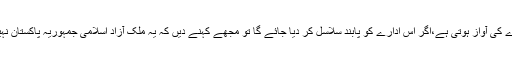
میڈیا معاشرے کی آواز ہوتی ہے،اگر اس ادارے کو پابند سلاسل کر دیا جائے گا تو مجھے کہنے دیں کہ یہ ملک آزاد اسلامی جمہوریہ پاکستان نہیں رہے گا‘‘۔